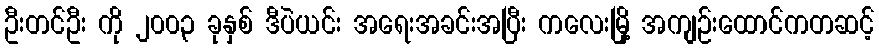
ဦးတင်ဦး ကို ၂၀၀၃ ခုနှစ် ဒီပဲယင်း အရေးအခင်းအပြီး ကလေးမြို့ အကျဉ်းထောင်ကတဆင့်